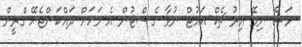
މަސް ނިމޭ އިރު ޗެކް-އައުޓް ނުވާ ގެސްޓުން އެ މަހަށް ދައްކަންޖެހޭ ގްރީން